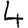
Digit: 4